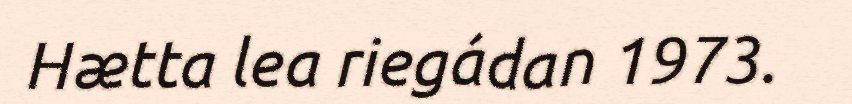
Hætta lea riegádan 1973.